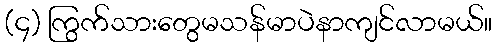
(၄) ကြွက်သားတွေမသန်မာပဲနာကျင်လာမယ်။